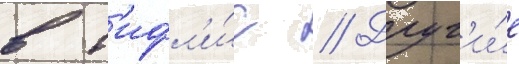
в т'ифл'и́с // Друг'и́е